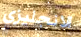
الانجليزي